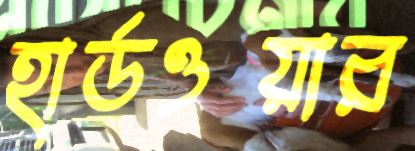
হার্ডওয়ার